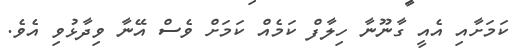
ކަމަށާއި އެއީ ގާނޫނާ ހިލާފް ކަމެއް ކަމަށް ވެސް އޭނާ ވިދާޅުވި އެވެ.